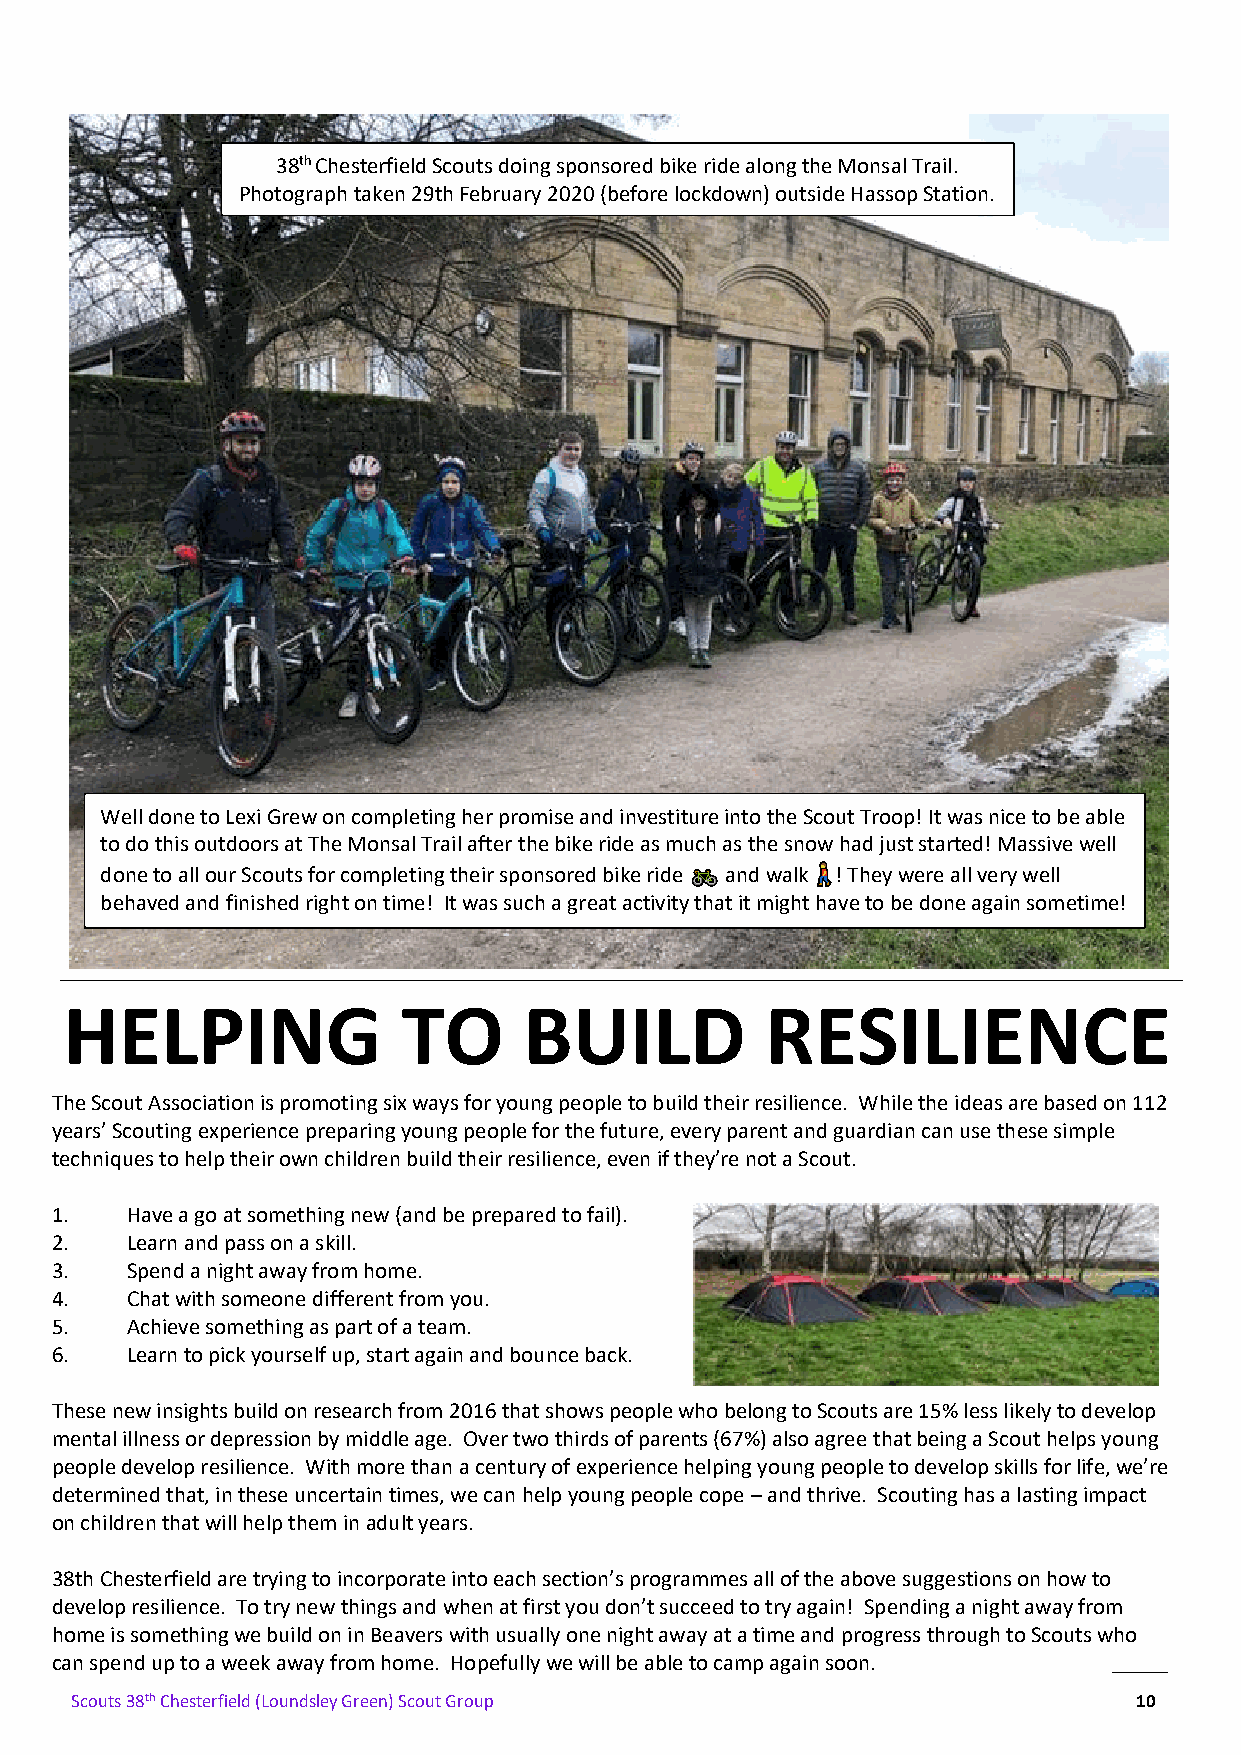
38th Chesterfield Scouts doing sponsored bike ride along the Monsal Trail.
 Photograph taken 29th February 2020 (before lockdown) outside Hassop Station.
 Well done to Lexi Grew on completing her promise and investiture into the Scout Troop! It was nice to be able
 to do this outdoors at The Monsal Trail after the bike ride as much as the snow had just started! Massive well
 done to all our Scouts for completing their sponsored bike ride and walk ! They were all very well
 behaved and finished right on time! It was such a great activity that it might have to be done again sometime!
 HELPING                TO      BUILD           RESILIENCE
 T he Scout Association is promoting six ways for young people to build their resilience. While the ideas are based on 112
 years’ Scouting experience preparing young people for the future, every parent and guardian can use these simple
 techniques to help their own children build their resilience, even if they’re not a Scout.
 1.   Have a go at something new (and be prepared to fail).
 2.   Learn and pass on a skill.
 3.   Spend a night away from home.
 4.   Chat with someone different from you.
 5.   Achieve something as part of a team.
 6.   Learn to pick yourself up, start again and bounce back.
 These new insights build on research from 2016 that shows people who belong to Scouts are 15% less likely to develop
 mental illness or depression by middle age. Over two thirds of parents (67%) also agree that being a Scout helps young
 people develop resilience. With more than a century of experience helping young people to develop skills for life, we’re
 determined that, in these uncertain times, we can help young people cope – and thrive. Scouting has a lasting impact
 on children that will help them in adult years.
 38th Chesterfield are trying to incorporate into each section’s programmes all of the above suggestions on how to
 develop resilience. To try new things and when at first you don’t succeed to try again! Spending a night away from
 home is something we build on in Beavers with usually one night away at a time and progress through to Scouts who
 can spend up to a week away from home. Hopefully we will be able to camp again soon.
 Scouts 38th Chesterfield (Loundsley Green) Scout Group                10